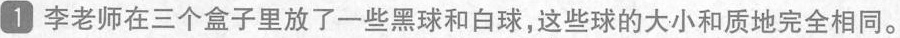
1 李老师在三个盒子里放了一些黑球和白球，这些球的大小和质地完全相同。